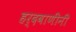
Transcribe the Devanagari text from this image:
हर्दवाणींनी